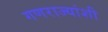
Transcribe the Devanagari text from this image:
गणराज्यांशी